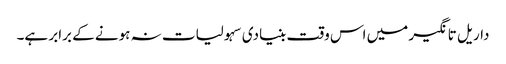
داریل تانگیر میں اس وقت بنیادی سہولیات نہ ہونے کے برابر ہے۔